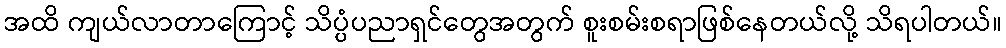
အထိ ကျယ်လာတာကြောင့် သိပ္ပံပညာရှင်တွေအတွက် စူးစမ်းစရာဖြစ်နေတယ်လို့ သိရပါတယ်။